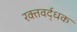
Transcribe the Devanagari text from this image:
रक्तवर्द्धक